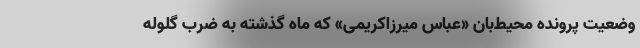
وضعیت پرونده محیط‌بان «عباس میرزاکریمی» که ماه گذشته به ضرب گلوله